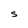
Character: S